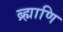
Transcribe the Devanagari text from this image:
ब्र्ह्माणि